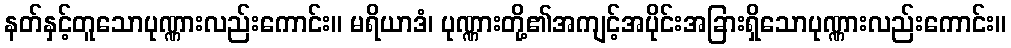
နတ်နှင့်တူသောပုဏ္ဏားလည်းကောင်း။ မရိယာဒံ၊ ပုဏ္ဏားတို့၏အကျင့်အပိုင်းအခြားရှိသောပုဏ္ဏားလည်းကောင်း။